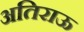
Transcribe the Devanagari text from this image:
अतिराऊ